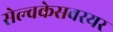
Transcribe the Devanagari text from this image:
सेल्वकेसवरयर